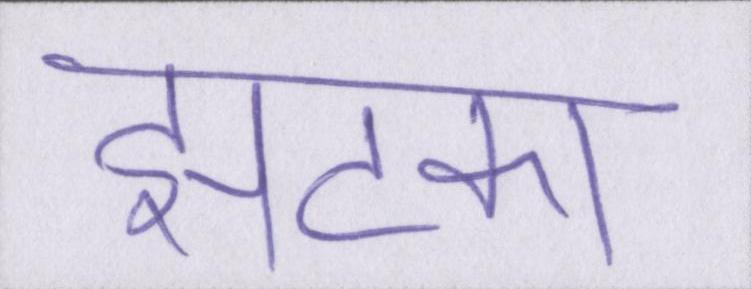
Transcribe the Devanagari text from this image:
झटका